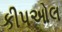
કીપઓલ